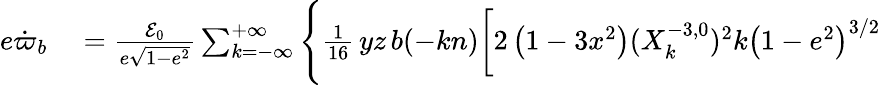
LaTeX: \begin{array}{rl}{e\dot{\varpi}_{b}}&{{}=\frac{{\cal E}_{0}}{e\sqrt{1-e^{2}}}\sum_{k=-\infty}^{+\infty}\Bigg\{ \frac{1}{16}\, yz\, b(-kn)\bigg[2\left(1-3x^{2}\right)(X_{k}^{-3,0})^{2}k\left(1-e^{2}\right)^{3/2}}\end{array}